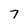
Character: 7